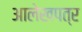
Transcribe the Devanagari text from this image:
आलेखपत्र